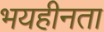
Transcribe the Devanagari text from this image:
भयहीनता